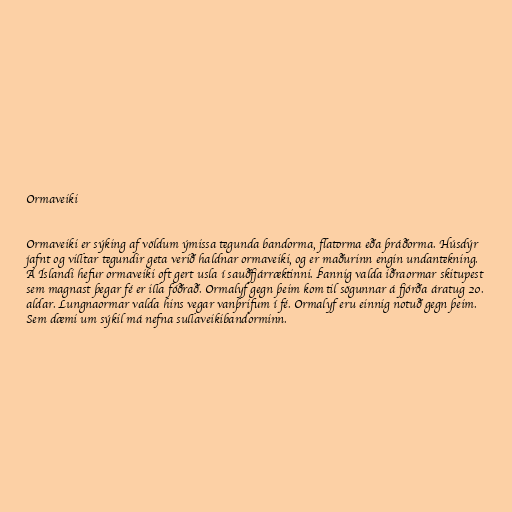
Ormaveiki

Ormaveiki er sýking af völdum ýmissa tegunda bandorma, flatorma eða þráðorma. Húsdýr
jafnt og villtar tegundir geta verið haldnar ormaveiki, og er maðurinn engin undantekning.
Á Íslandi hefur ormaveiki oft gert usla í sauðfjárræktinni. Þannig valda iðraormar skitupest
sem magnast þegar fé er illa fóðrað. Ormalyf gegn þeim kom til sögunnar á fjórða áratug 20.
aldar. Lungnaormar valda hins vegar vanþrifum í fé. Ormalyf eru einnig notuð gegn þeim.
Sem dæmi um sýkil má nefna sullaveikibandorminn.